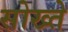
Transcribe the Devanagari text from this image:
सोख्ते